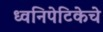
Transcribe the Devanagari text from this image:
ध्वनिपेटिकेचे